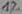
Text: 1%